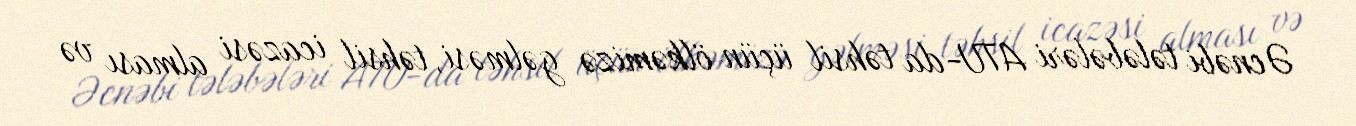
Əcnəbi tələbələri ATU-da təhsil üçün ölkəmizə gəlməsi, təhsil icazəsi alması və